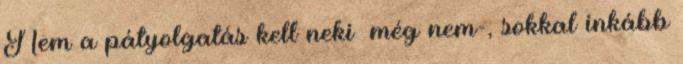
Nem a pátyolgatás kell neki –még nem-, sokkal inkább